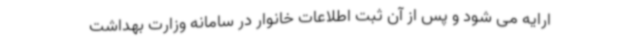
ارایه می شود و پس از آن ثبت اطلاعات خانوار در سامانه وزارت بهداشت